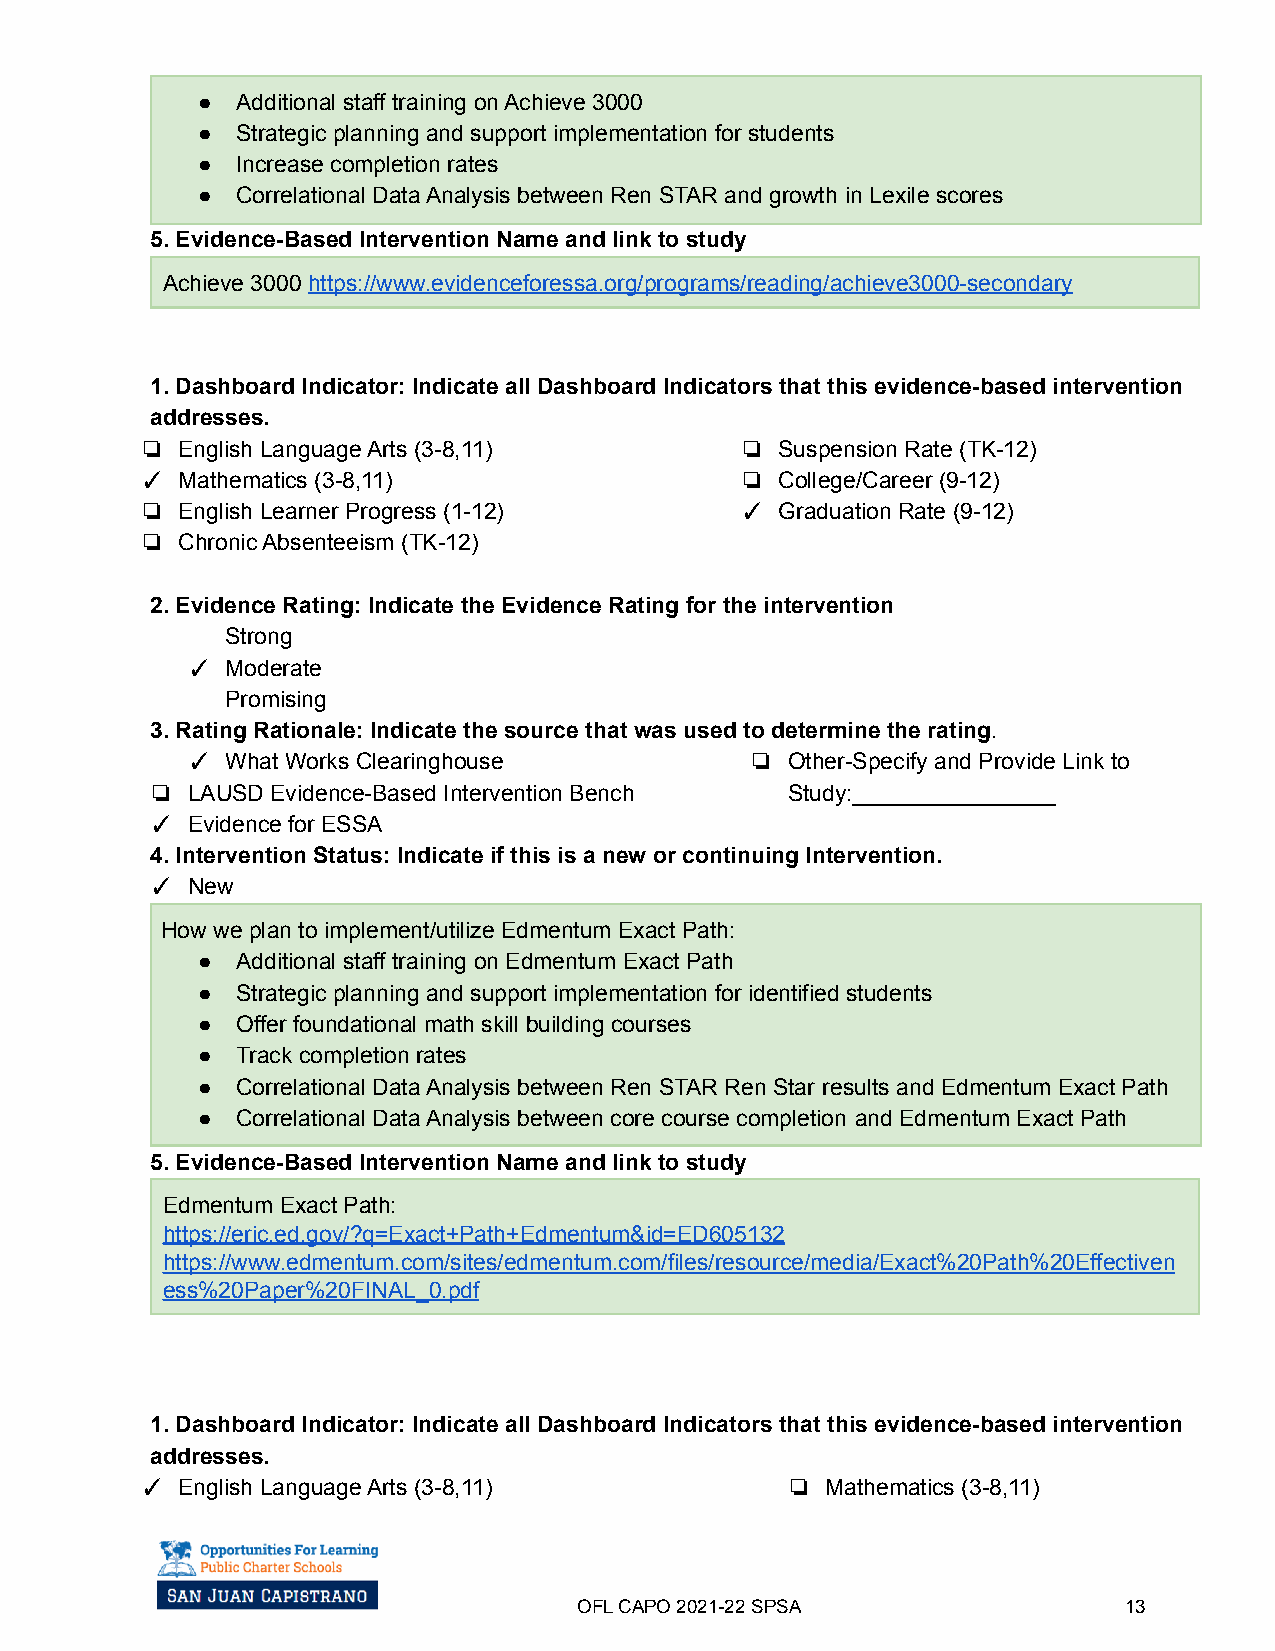
●  Additional staff training on Achieve 3000
 ●  Strategic planning and support implementation for students
 ●  Increase completion rates
 ●  Correlational Data Analysis between Ren STAR and growth in Lexile scores
 5. Evidence-Based Intervention Name and link to study
 Achieve 3000 https://www.evidenceforessa.org/programs/reading/achieve3000-secondary
 1. Dashboard Indicator: Indicate all Dashboard Indicators that this evidence-based intervention
 addresses.
 ❏  English Language Arts (3-8,11)       ❏  Suspension Rate (TK-12)
 ✓  Mathematics (3-8,11)                 ❏  College/Career (9-12)
 ❏  English Learner Progress (1-12)      ✓  Graduation Rate (9-12)
 ❏  Chronic Absenteeism (TK-12)
 2. Evidence Rating: Indicate the Evidence Rating for the intervention
 Strong
 ✓  Moderate
 Promising
 3. Rating Rationale: Indicate the source that was used to determine the rating.
 ✓  What Works Clearinghouse           ❏ Other-Specify and Provide Link to
 ❏ LAUSD Evidence-Based Intervention Bench Study:________________
 ✓ Evidence for ESSA
 4. Intervention Status: Indicate if this is a new or continuing Intervention.
 ✓ New
 How we plan to implement/utilize Edmentum Exact Path:
 ●  Additional staff training on Edmentum Exact Path
 ●  Strategic planning and support implementation for identified students
 ●  Offer foundational math skill building courses
 ●  Track completion rates
 ●  Correlational Data Analysis between Ren STAR Ren Star results and Edmentum Exact Path
 ●  Correlational Data Analysis between core course completion and Edmentum Exact Path
 5. Evidence-Based Intervention Name and link to study
 Edmentum Exact Path:
 https://eric.ed.gov/?q=Exact+Path+Edmentum&id=ED605132
 https://www.edmentum.com/sites/edmentum.com/files/resource/media/Exact%20Path%20Effectiven
 ess%20Paper%20FINAL_0.pdf
 1. Dashboard Indicator: Indicate all Dashboard Indicators that this evidence-based intervention
 addresses.
 ✓  English Language Arts (3-8,11)          ❏  Mathematics (3-8,11)
 OFL CAPO 2021-22SPSA                13